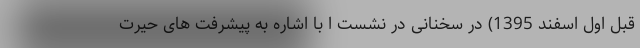
قبل اول اسفند 1395) در سخنانی در نشست ا با اشاره به پیشرفت های حیرت